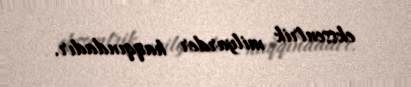
ekssentrik milyarder haqqındadır.